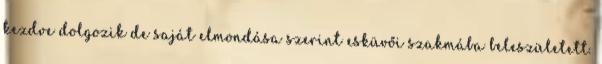
kezdve dolgozik de saját elmondása szerint esküvői szakmába beleszületett.